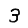
Digit: 3